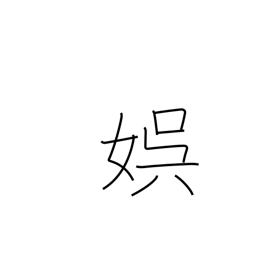
Meaning: recreation